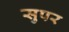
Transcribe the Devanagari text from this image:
सुपर